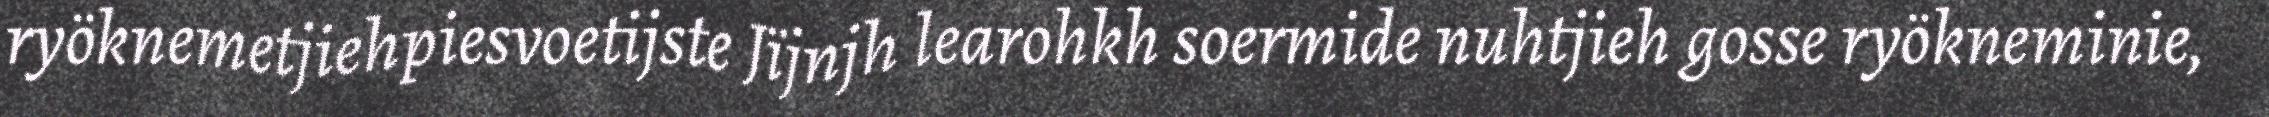
ryöknemetjiehpiesvoetijste Jïjnjh learohkh soermide nuhtjieh gosse ryökneminie,